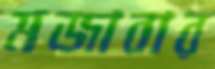
মজাবার